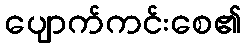
ပျောက်ကင်းစေ၏